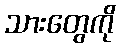
သားတွေကို